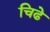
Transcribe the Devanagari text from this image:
चिढे